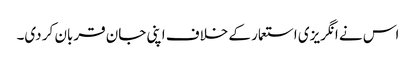
اس نے انگریزی استعمار کے خلاف اپنی جان قربان کر دی۔